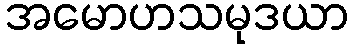
အမောဟသမုဒယာ